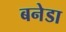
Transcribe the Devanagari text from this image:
बनेडा